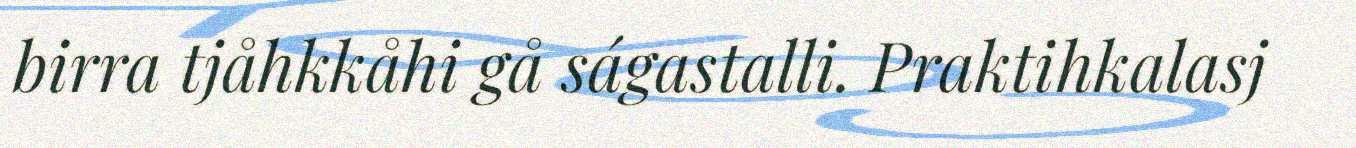
birra tjåhkkåhi gå ságastalli. Praktihkalasj